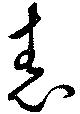
舂